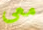
معى